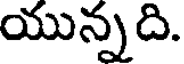
యున్నది.